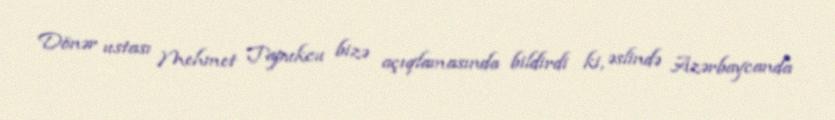
Dönər ustası Mehmet Tapukcu bizə açıqlamasında bildirdi ki, əslində Azərbaycanda